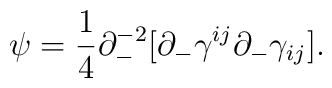
\psi = \frac{1}{4} \partial_{-}^{-2}[\partial_{-} \gamma^{ij} \partial_{-} \gamma_{ij} ].